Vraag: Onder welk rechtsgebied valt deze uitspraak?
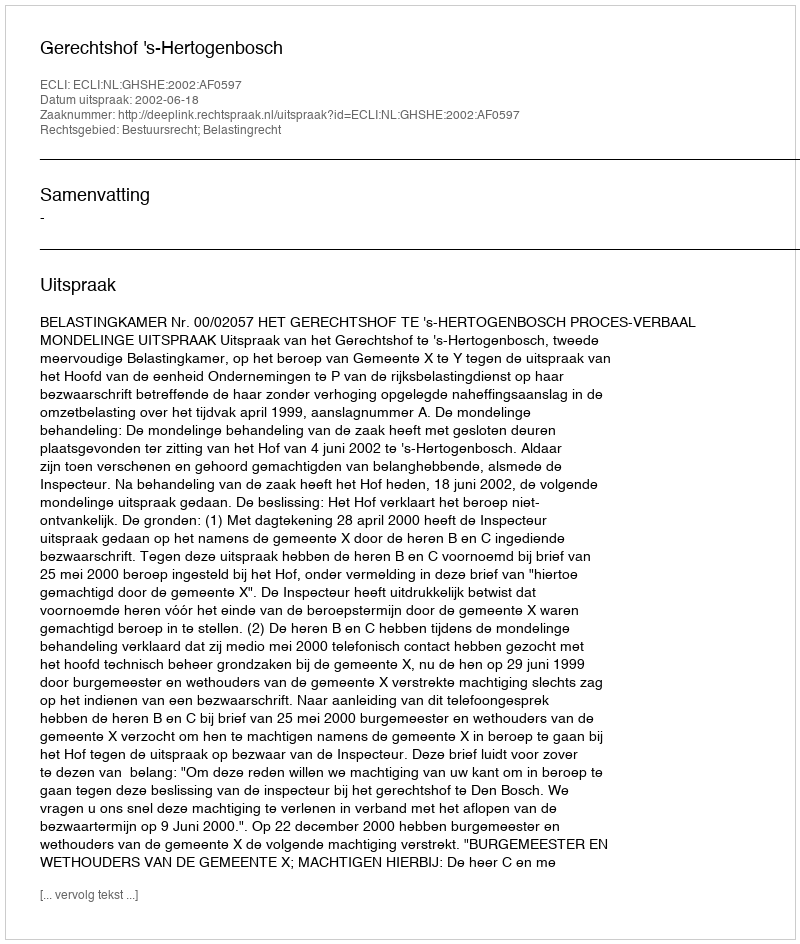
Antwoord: Bestuursrecht; Belastingrecht